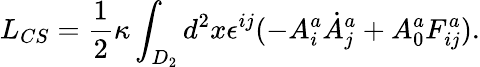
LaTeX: L_{CS}=\frac{1}{2}\kappa\int_{D_{2}}d^{2}x\epsilon^{ij}(-A_{i}^{a}\dot{A}_{j}^{a}+A_{0}^{a}F_{ij}^{a}).